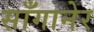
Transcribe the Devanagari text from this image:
साँगानेर